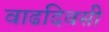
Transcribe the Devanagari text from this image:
वाढदिवसी